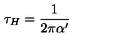
\tau _ { H } = \frac { 1 } { 2 \pi \alpha ^ { \prime } }